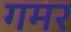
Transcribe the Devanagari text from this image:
गमर